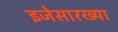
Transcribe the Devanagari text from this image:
इजेसारख्या